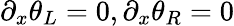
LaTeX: \partial_{x}\theta_{L}=0,\partial_{x}\theta_{R}=0